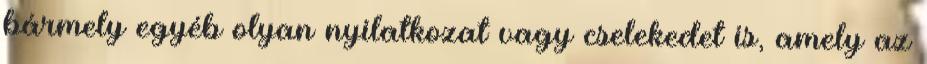
bármely egyéb olyan nyilatkozat vagy cselekedet is, amely az